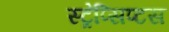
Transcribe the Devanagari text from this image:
स्ट्रेप्सिप्टस